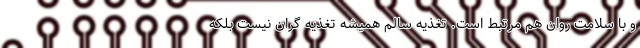
و با سلامت روان هم مرتبط است. تغذیه سالم همیشه تغذیه گران نیست بلکه